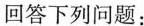
回答下列问题：